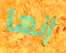
إنها